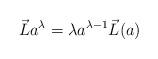
LaTeX: \begin{gather*}\vec{L}a^{\lambda}=\lambda a^{\lambda-1}\vec{L}(a)\end{gather*}